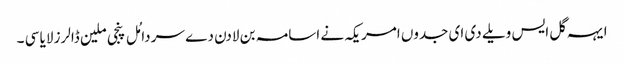
ایہہ گل ایس ویلے دی ای جدوں امریکہ نے اسامہ بن لادن دے سر دامُل پنجی ملین ڈالرز لایا سی ۔